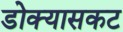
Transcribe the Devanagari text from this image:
डोक्यासकट